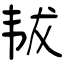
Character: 韨